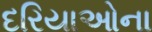
દરિયાઓના